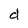
Character: d